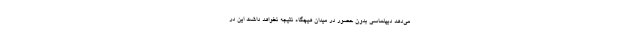
می‌دهد دیپلماسی بدون حضور در میدان هیچگاه نتیجه نخواهد داشت این در